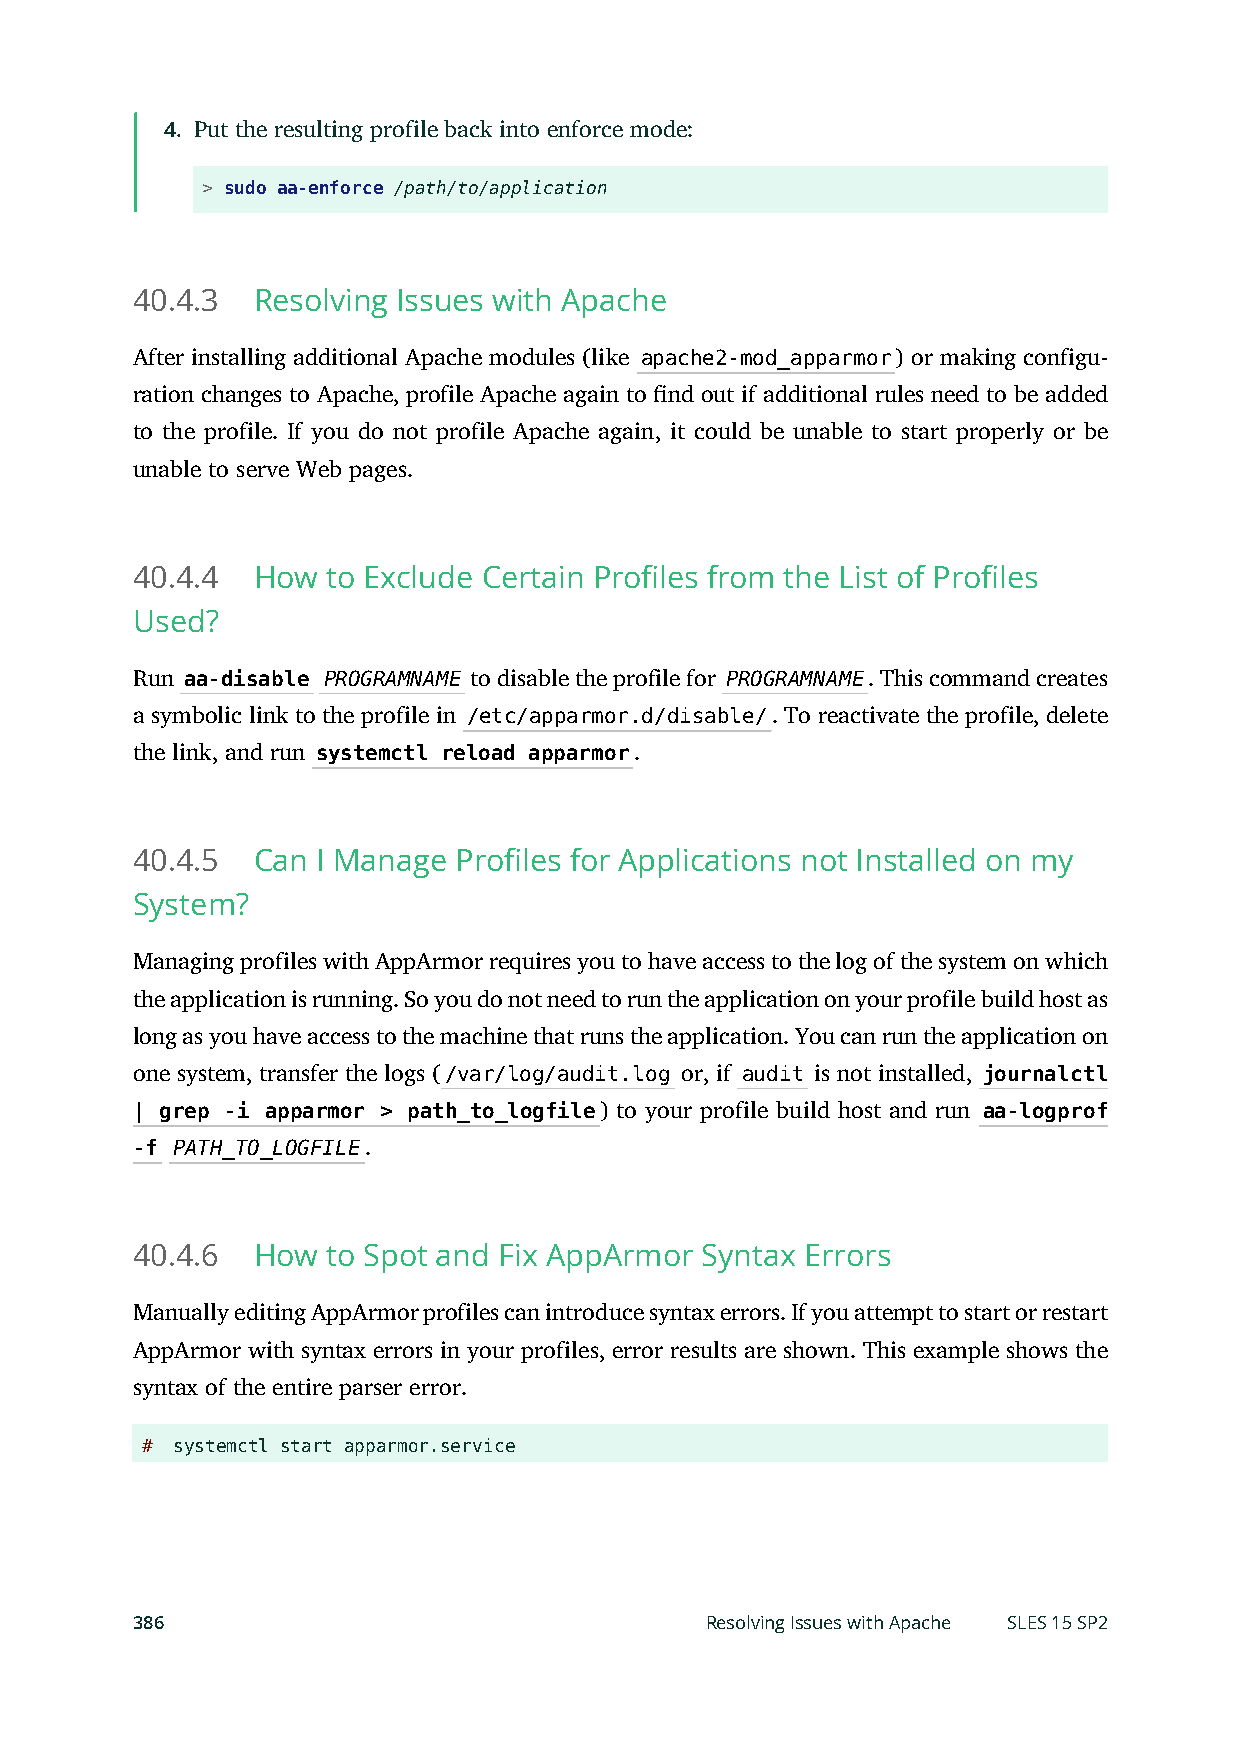
4. Put the resulting profile back into enforce mode:
 > sudo aa-enforce /path/to/application
 40.4.3  Resolving Issues with Apache
 After installing additional Apache modules (like apache2-mod_apparmor) or making configu-
 ration changes to Apache, profile Apache again to nd out if additional rules need to be added
 to the profile. If you do not profile Apache again, it could be unable to start properly or be
 unable to serve Web pages.
 40.4.4  How  to Exclude Certain Profiles from the List of Profiles
 Used?
 Run aa-disable PROGRAMNAME to disable the profile for PROGRAMNAME. This command creates
 a symbolic link to the profile in /etc/apparmor.d/disable/. To reactivate the profile, delete
 the link, and run systemctl reload apparmor.
 40.4.5  Can I Manage Profiles for Applications not Installed on my
 System?
 Managing profiles with AppArmor requires you to have access to the log of the system on which
 the application is running. So you do not need to run the application on your profile build host as
 long as you have access to the machine that runs the application. You can run the application on
 one system, transfer the logs (/var/log/audit.log or, if audit is not installed, journalctl
 | grep -i apparmor > path_to_logfile) to your profile build host and run aa-logprof
 -f PATH_TO_LOGFILE.
 40.4.6  How  to Spot and Fix AppArmor Syntax Errors
 Manually editing AppArmor profiles can introduce syntax errors. If you attempt to start or restart
 AppArmor with syntax errors in your profiles, error results are shown. This example shows the
 syntax of the entire parser error.
 #  systemctl start apparmor.service
 386                                   Resolving Issues with Apache SLES 15 SP2